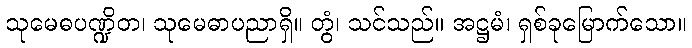
သုမေဓပဏ္ဍိတ၊ သုမေဓာပညာရှိ။ တွံ၊ သင်သည်။ အဋ္ဌမံ၊ ရှစ်ခုမြောက်သော။